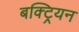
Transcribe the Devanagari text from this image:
बक्ट्रियन